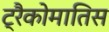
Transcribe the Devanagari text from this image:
ट्रैकोमातिस